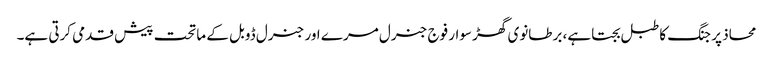
محاذ پر جنگ کا طبل بجتا ہے، برطانوی گھڑ سوار فوج جنرل مرے اور جنرل ڈوبل کے ماتحت پیش قدمی کرتی ہے۔